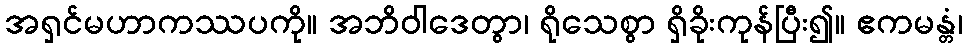
အရှင်မဟာကဿပကို။ အဘိဝါဒေတွာ၊ ရိုသေစွာ ရှိခိုးကုန်ပြီး၍။ ဧကမန္တံ၊